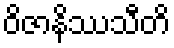
ဝိဇာနိဿသီတိ